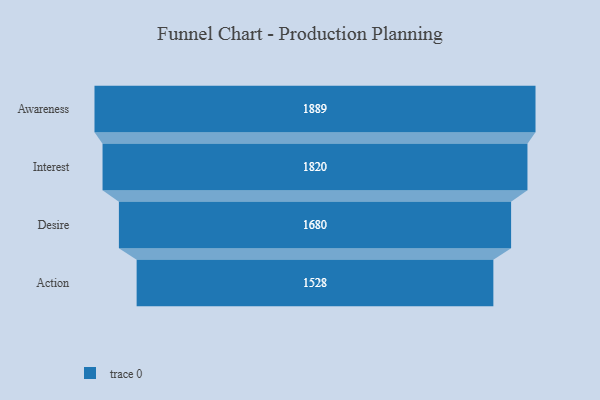
{"axis": {"x": "Stage", "y": "Value"}, "legend": [""], "data": [{"x": "Awareness", "y": 1889.0, "type": ""}, {"x": "Interest", "y": 1820.0, "type": ""}, {"x": "Desire", "y": 1680.0, "type": ""}, {"x": "Action", "y": 1528.0, "type": ""}]}